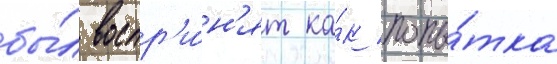
бы́л воспр'и́н'ят ка́к попы́тка